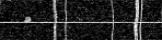
٨